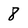
Character: 8